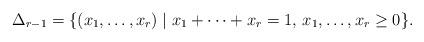
LaTeX: \begin{align*}\Delta_{r-1}=\{(x_1,\dots,x_r)\mid x_1+\cdots+x_r=1,\, x_1,\dots,x_r\geq 0\}.\end{align*}